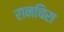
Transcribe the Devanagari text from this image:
रानचिरा